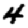
Digit: 4